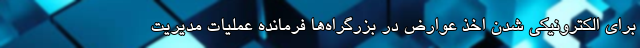
برای الکترونیکی شدن اخذ عوارض در بزرگراه‌ها فرمانده عملیات مدیریت